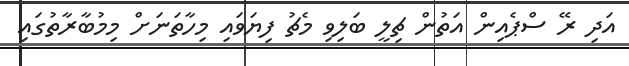
އަދި ރޭ ސްޕެއިން އަތުން ޗިލީ ބަލިވި މެޗު ފިޔަވައި މިހާތަނަށް މިމުބާރާތުގައި